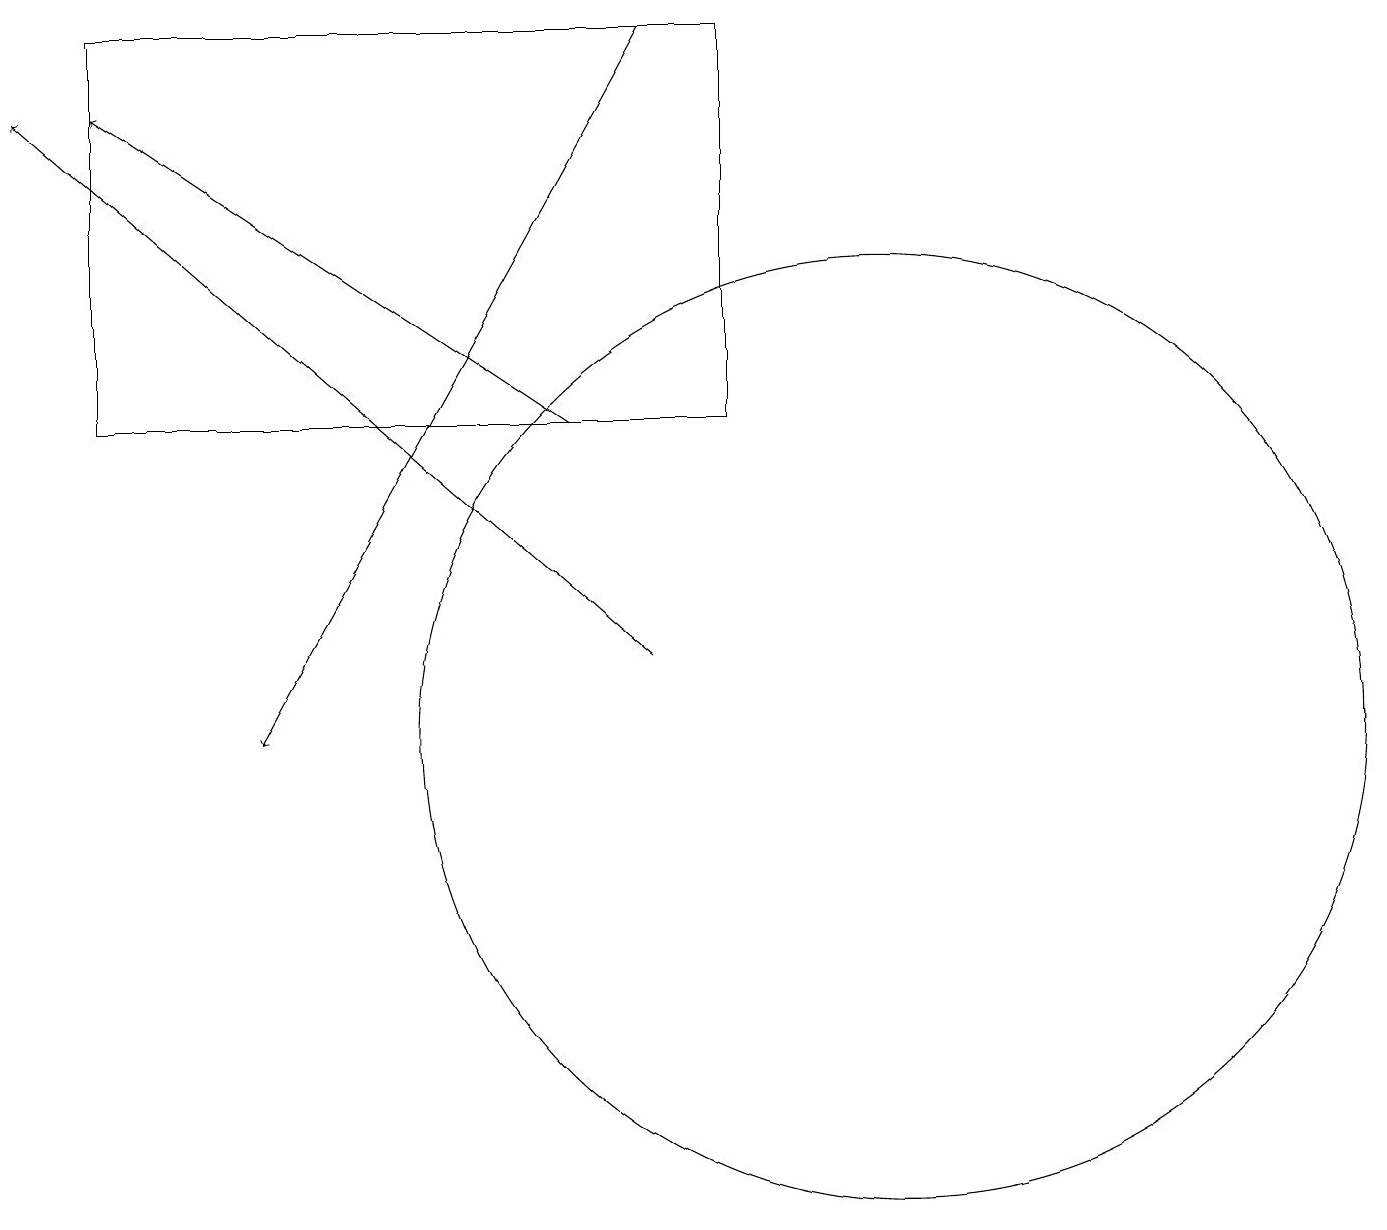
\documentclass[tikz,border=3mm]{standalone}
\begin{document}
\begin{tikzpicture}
\draw[->] (8,19) -- (3,10);
\draw[->] (7,14) -- (1,18);
\draw (11,10) circle (6);
\draw[->] (8,11) -- (0,18);
\draw (9,14) rectangle (1,19);
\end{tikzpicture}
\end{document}